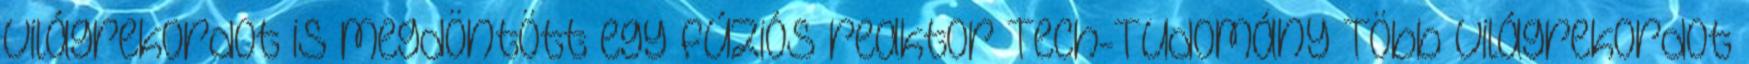
világrekordot is megdöntött egy fúziós reaktor Tech-Tudomány Több világrekordot